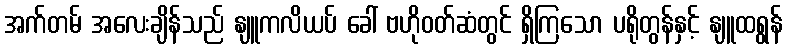
အက်တမ် အလေးချိန်သည် နျူကလိယပ် ခေါ် ဗဟိုဝတ်ဆံတွင် ရှိကြသော ပရိုတွန်နှင့် နျူထရွန်